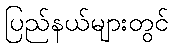
ပြည်နယ်များတွင်